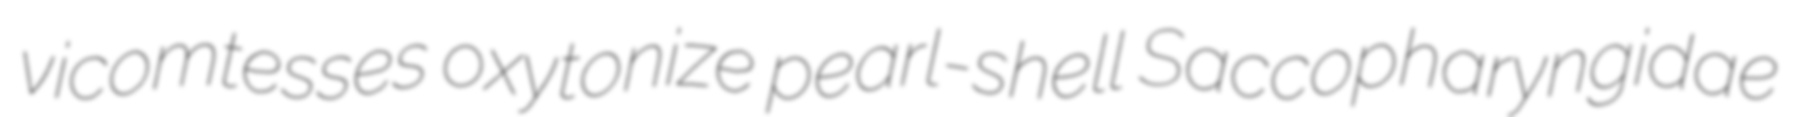
vicomtesses oxytonize pearl-shell Saccopharyngidae